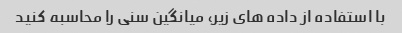
با استفاده از داده های زیر، میانگین سنی را محاسبه کنید